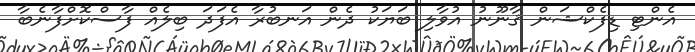
އެންޓި ޑިފެކްޝަން ޤާނޫނު އުވާލި ބަޔަކު ދެން އަނބުރާ އެފަދަ ބިލެއް ފާސްކޮށްފާނެބާ